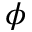
\phi